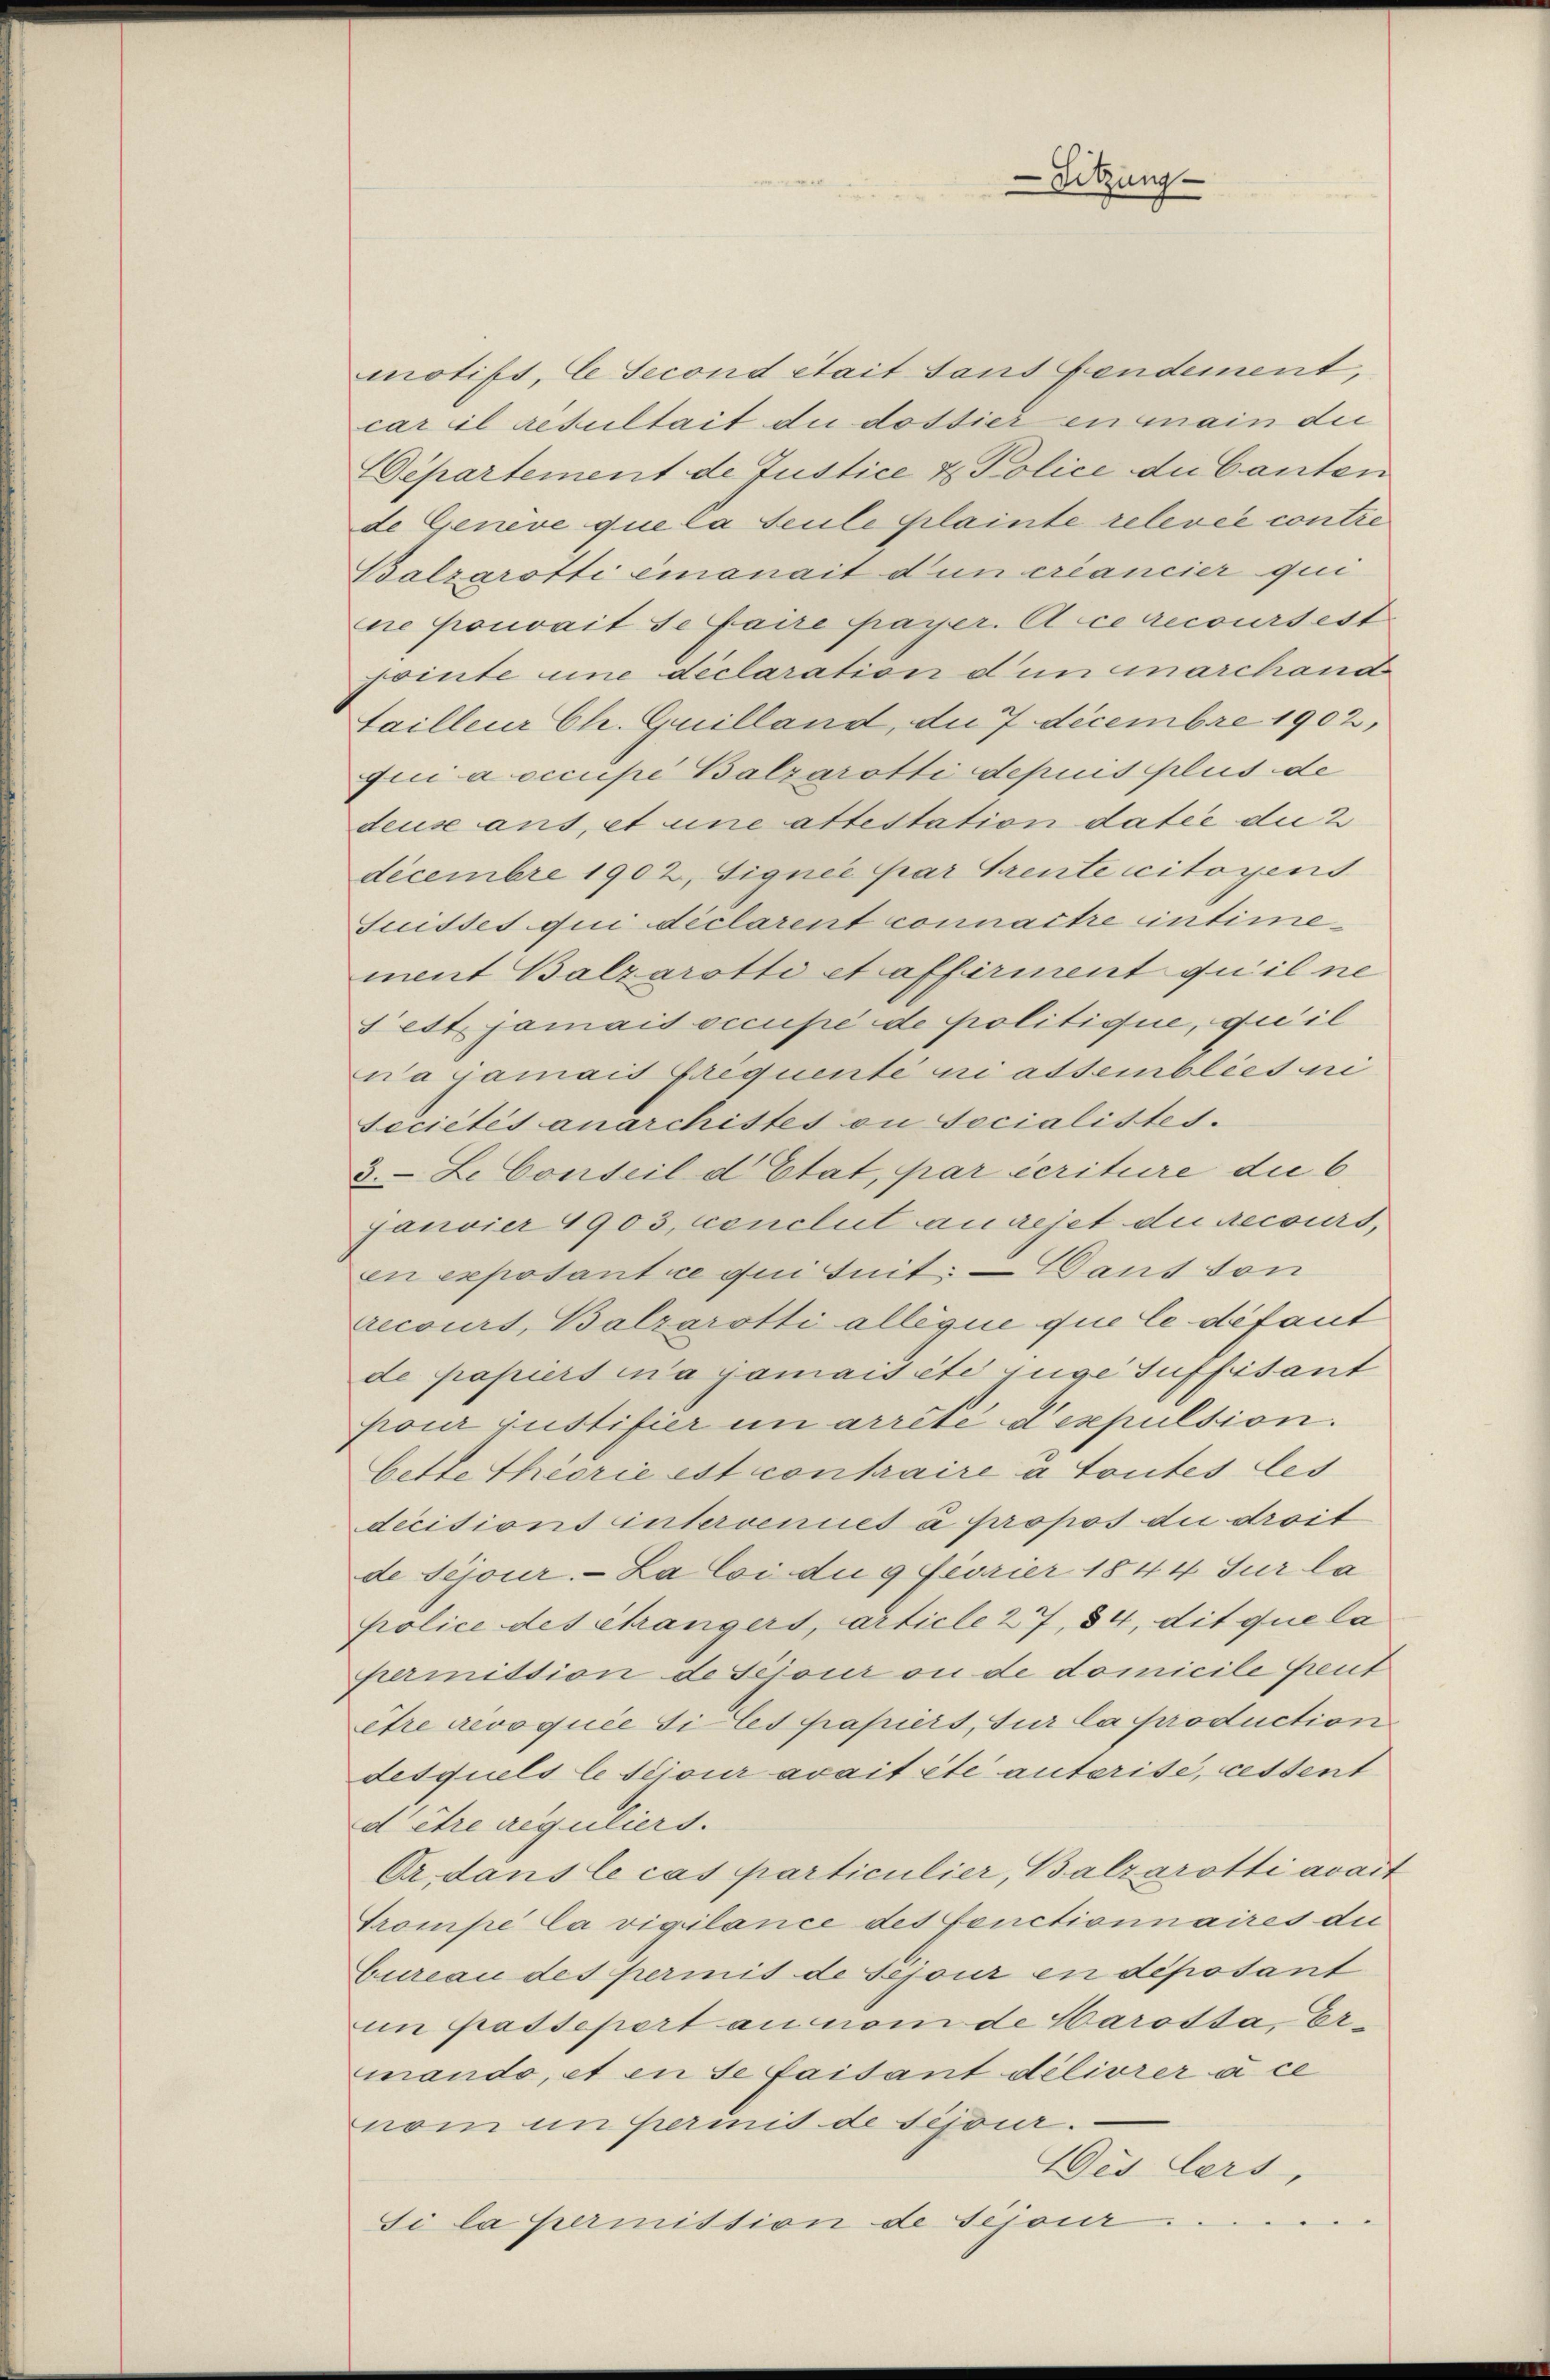
motifs, ESecond était sans Fendement,
car il résultait die dossier en main die
Departement de Justice & Police du Canton
de Geneve que la seule Plainte relevée contre
Balzarotti einanait d’un créancier qui
mne pouvait se faire payer. A ce recours est
pointe une declaration d in marchand
tailleur Ch. Quilland, die 7 Decembre 1902,
qui a occupé Balzarotti depuis plus de
deuse ans, et une attestation datie du 2
decembre 1902, Signée par Grente citoyens
Suisses qui déclarent connaître intimement Balzarotti et affirment qu’il ne
 ett. jamais occupé de politique, que il
na jamais frequente ni assemblies ni
seciétés anarchistes ou socialistes.
3. Le Conseil d’Etat, par écriture die 6
Janvier 1903, conclut au rejet die recours,
en exposant ce qui suit; — Dans ton
recours, Balzarotti alléque que le défaut
de papiers ina jamais ete juge suffisant
pour justifier in arrêtée d’expulsion.
bette theorie est contraire à toutes les
decisions intervenues à propos die droit
de Sejour. — La loi due 9 Février 1844 Sur la
Police des étrangers, article 27, 34, dit que la
permittion de séjour ou de domicile Greut
être revoquée si les papiert, sur la production
desquels le sciour avait été autorisé, cessent
d être reguliers.
Or., dans le cas particulier, Balzarotti avait
Trompe la vigilance des fonctionnaires die
Cureau des permit de séjour in deposant
im passepert an nom de Harosta, Ermando, et in se faisant délivrer à ce
nom untermit de séjour.
islers,
Si la permittion de séjour.

Sitzung